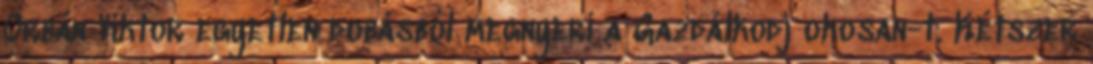
Orbán Viktor egyetlen dobásból megnyeri a Gazdálkodj okosan-t. Kétszer